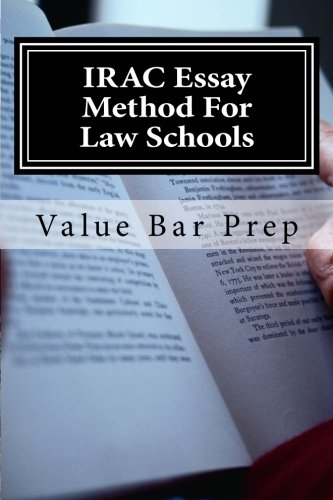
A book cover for IRAC Essay Method For Law Schools: The A to Z of Awesome Law School Essay Creation.; Value Bar Prep; Test Preparation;